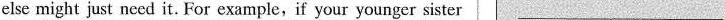
else might just necd it. For example,if your younger sister ___